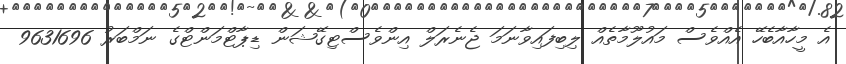
އެ މީހާއާބެހޭ އެއްވެސް މައުލޫމާތެއް ލިބިފައިވާނަމަ ޖެނެރަލް އިންވެސްޓިގޭޝަން ޑިޕާޓްމަންޓްގެ ނަމްބަރު 9631696